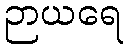
ဉာယရေ